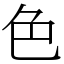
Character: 色